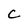
Character: C